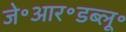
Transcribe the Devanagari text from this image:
जे॰आर॰डब्लू॰